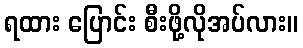
ရထား ပြောင်း စီးဖို့လိုအပ်လား။